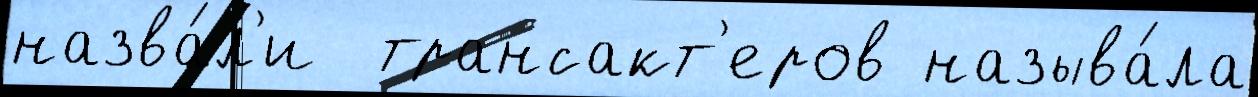
назва́л'и  трансакт'еров называ́ла